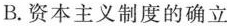
B.资本主义制度的确立